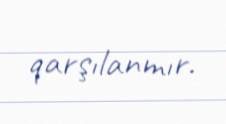
qarşılanmır.